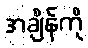
အချိန်ကို